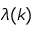
\lambda ( k )